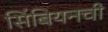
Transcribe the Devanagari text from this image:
सिंबियनची